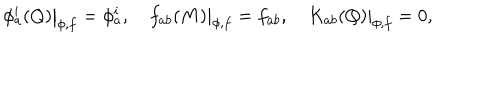
\left. \phi _ { a } ^ { i } ( Q ) \right| _ { \phi , f } = \phi _ { a } ^ { i } , \quad \left. f _ { a b } ( M ) \right| _ { \phi , f } = f _ { a b } , \left. \quad K _ { a b } ( Q ) \right| _ { \phi , f } = 0 ,